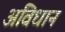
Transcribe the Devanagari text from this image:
अविधान